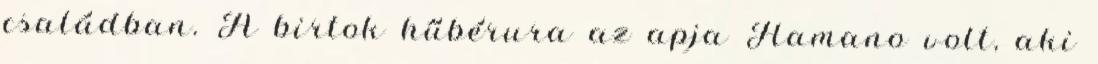
családban. A birtok hűbérura az apja Hamano volt, aki